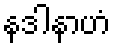
နဒါနာဟံ